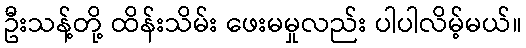
ဦးသန့်တို့ ထိန်းသိမ်း ဖေးမမှုလည်း ပါပါလိမ့်မယ်။